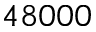
4 8 0 0 0